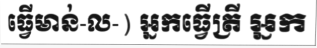
ធ្វើមាន់-ល-) អ្នកធ្វើត្រី អ្នក